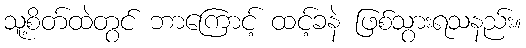
သူ့စိတ်ထဲတွင် ဘာကြောင့် ထင့်ခနဲ ဖြစ်သွားရသနည်း။